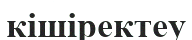
кішіректеу